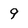
Character: 9